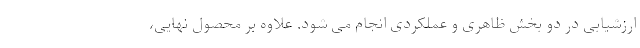
ارزشیابی در دو بخش ظاهری و عملکردی انجام می شود. علاوه بر محصول نهایی،